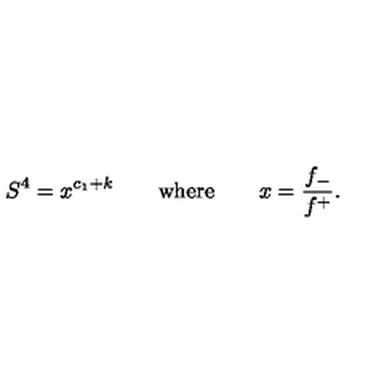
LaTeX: S ^ { 4 } = x ^ { c _ { 1 } + k } \qquad \mathrm { w h e r e } \qquad x = \frac { f _ { - } } { f ^ { + } } .